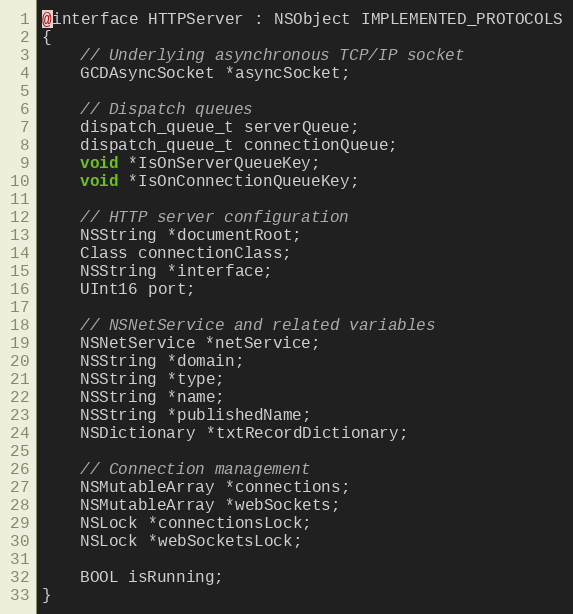
Language: C
@interface HTTPServer : NSObject IMPLEMENTED_PROTOCOLS
{
    // Underlying asynchronous TCP/IP socket
    GCDAsyncSocket *asyncSocket;

    // Dispatch queues
    dispatch_queue_t serverQueue;
    dispatch_queue_t connectionQueue;
    void *IsOnServerQueueKey;
    void *IsOnConnectionQueueKey;

    // HTTP server configuration
    NSString *documentRoot;
    Class connectionClass;
    NSString *interface;
    UInt16 port;

    // NSNetService and related variables
    NSNetService *netService;
    NSString *domain;
    NSString *type;
    NSString *name;
    NSString *publishedName;
    NSDictionary *txtRecordDictionary;

    // Connection management
    NSMutableArray *connections;
    NSMutableArray *webSockets;
    NSLock *connectionsLock;
    NSLock *webSocketsLock;

    BOOL isRunning;
}